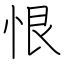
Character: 恨